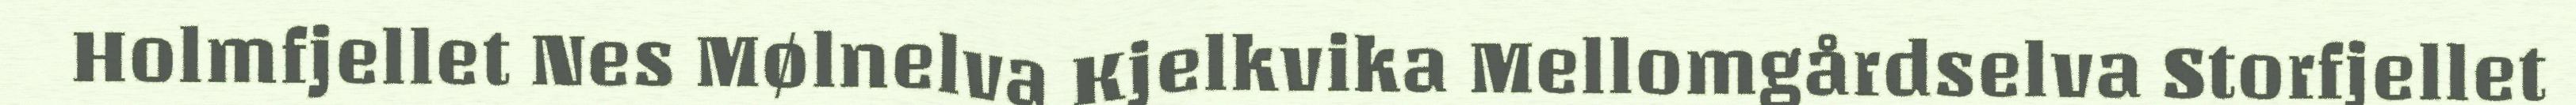
Holmfjellet Nes Mølnelva Kjelkvika Mellomgårdselva Storfjellet